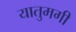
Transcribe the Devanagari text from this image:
यातुमगी